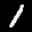
Label: 1